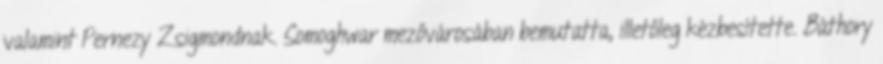
valamint Pernezy Zsigmondnak. Somoghwar mezővárosában bemutatta, illetőleg kézbesítette. Báthory